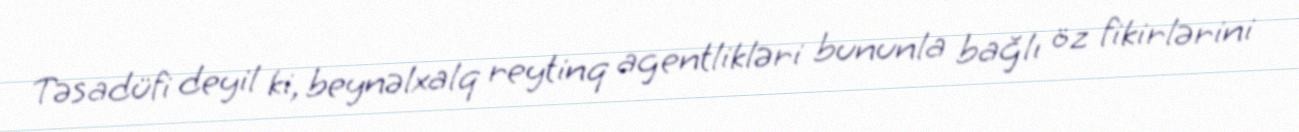
Təsadüfi deyil ki, beynəlxalq reytinq agentlikləri bununla bağlı öz fikirlərini